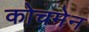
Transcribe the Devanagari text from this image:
कोचमेन